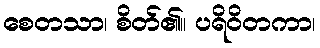
စေတသာ၊ စိတ်၏။ ပရိဝိတကာ၊